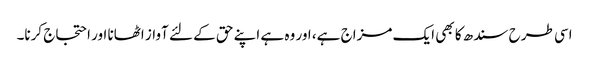
اسی طرح سندھ کا بھی ایک مزاج ہے، اور وہ ہے اپنے حق کے لئے آواز اٹھانا اور احتجاج کرنا۔